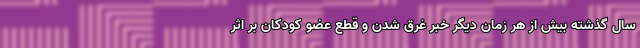
سال گذشته بيش از هر زمان ديگر خبر غرق شدن و قطع عضو كودكان بر اثر